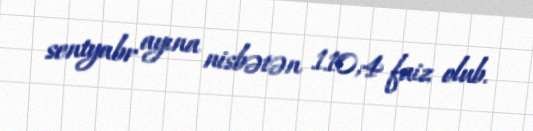
sentyabr ayına nisbətən 110,4 faiz olub.